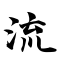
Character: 流